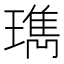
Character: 㻽